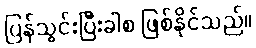
ပြန်သွင်းပြီးခါစ ဖြစ်နိုင်သည်။